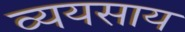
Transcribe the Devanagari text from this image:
व्ययसाय